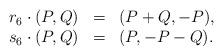
LaTeX: \begin{align*}\begin{array}{rcl}r_6\cdot (P,Q) & = & (P+Q,-P),\\s_6\cdot (P,Q) & = & (P,-P-Q).\end{array}\end{align*}